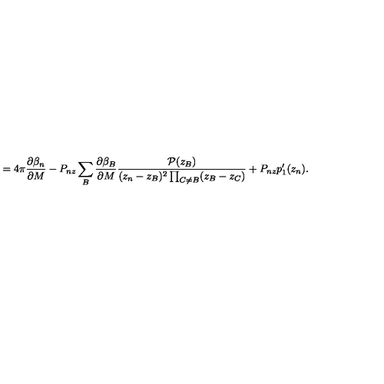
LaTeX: = 4 \pi \frac { \partial \beta _ { n } } { \partial M } - P _ { n z } \sum _ { B } \frac { \partial \beta _ { B } } { \partial M } \frac { { \cal P } ( z _ { B } ) } { ( z _ { n } - z _ { B } ) ^ { 2 } \prod _ { C \neq B } ( z _ { B } - z _ { C } ) } + P _ { n z } p _ { 1 } ^ { \prime } ( z _ { n } ) .